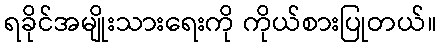
ရခိုင်အမျိုးသားရေးကို ကိုယ်စားပြုတယ်။